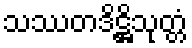
သဿတဒိဋ္ဌိသုတ္တံ